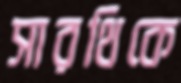
সারথিকে